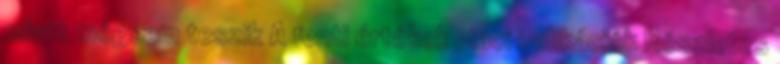
miatt mégsem teszik A fenti értékek piaci indikációk Részletes